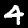
Digit: 4